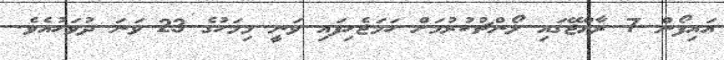
އައިފޯން 7 ރާއްޖޭގައި ލޯންޗުކުރުމަށް ހަމަޖެހިފައި ވަނީ މިމަހުގެ 23 ވަނަ ދުވަހުއެވެ.